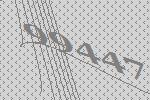
99447